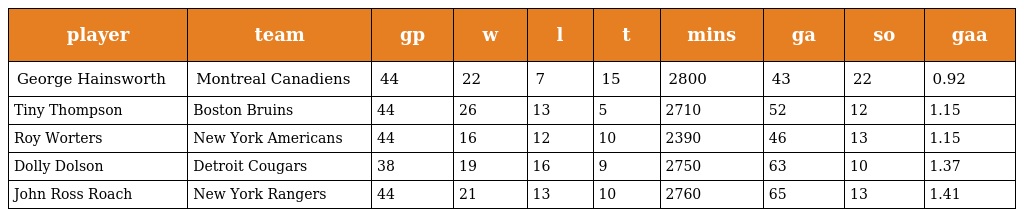
| player | team | gp | w | l | t | mins | ga | so | gaa |
 | --- | --- | --- | --- | --- | --- | --- | --- | --- | --- |
 | George Hainsworth | Montreal Canadiens | 44 | 22 | 7 | 15 | 2800 | 43 | 22 | 0.92 |
 | Tiny Thompson | Boston Bruins | 44 | 26 | 13 | 5 | 2710 | 52 | 12 | 1.15 |
 | Roy Worters | New York Americans | 44 | 16 | 12 | 10 | 2390 | 46 | 13 | 1.15 |
 | Dolly Dolson | Detroit Cougars | 38 | 19 | 16 | 9 | 2750 | 63 | 10 | 1.37 |
 | John Ross Roach | New York Rangers | 44 | 21 | 13 | 10 | 2760 | 65 | 13 | 1.41 |